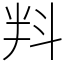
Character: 㪵